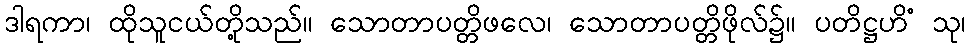
ဒါရကာ၊ ထိုသူငယ်တို့သည်။ သောတာပတ္တိဖလေ၊ သောတာပတ္တိဖိုလ်၌။ ပတိဋ္ဌဟိံ သု၊